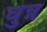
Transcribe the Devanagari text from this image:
घुन्न